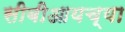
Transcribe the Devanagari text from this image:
सीबीआयच्या